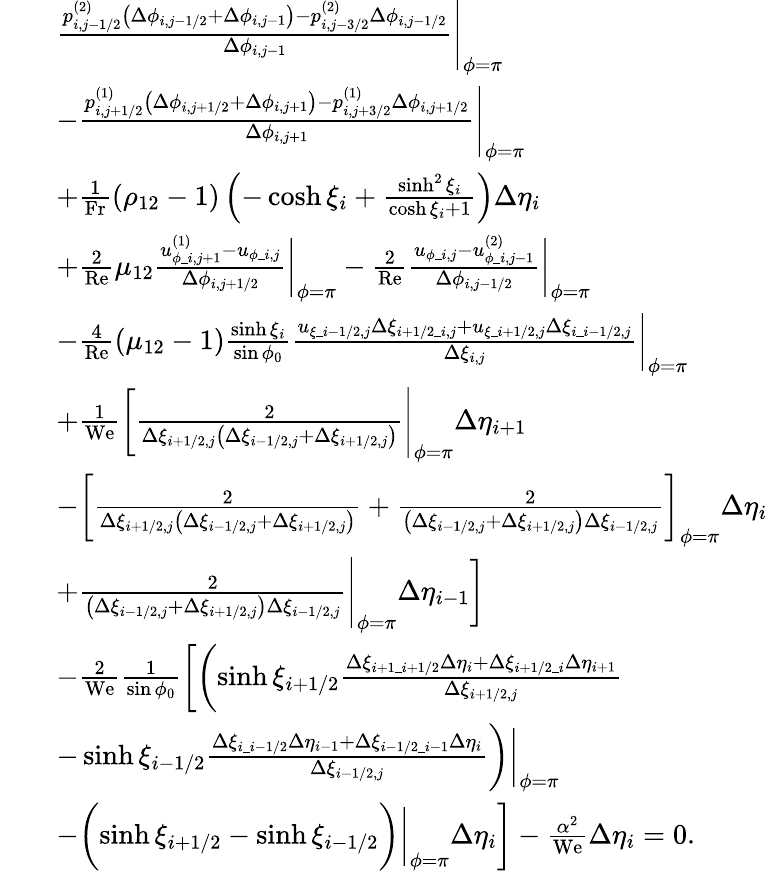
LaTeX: \begin{array}{rl}&{\begin{array}{rl}&{\frac{p_{i,j-1/2}^{(2)}\left(\Delta\phi_{i,j-1/2}+\Delta\phi_{i,j-1}\right)-p_{i,j-3/2}^{(2)}\Delta\phi_{i,j-1/2}}{\Delta\phi_{i,j-1}}\Biggr|_{\phi=\pi}}\\ &{-\frac{p_{i,j+1/2}^{(1)}\left(\Delta\phi_{i,j+1/2}+\Delta\phi_{i,j+1}\right)-p_{i,j+3/2}^{(1)}\Delta\phi_{i,j+1/2}}{\Delta\phi_{i,j+1}}\Biggr|_{\phi=\pi}}\\ &{+\frac{1}{\mathrm{Fr}}\left(\rho_{12}-1\right)\left(-\cosh\xi_{i}+\frac{\sinh^{2}\xi_{i}}{\cosh\xi_{i}+1}\right)\Delta\eta_{i}}\\ &{+\frac{2}{\mathrm{Re}}\mu_{12}\frac{u_{\phi\_ i,j+1}^{(1)}-u_{\phi\_ i,j}}{\Delta\phi_{i,j+1/2}}\biggr|_{\phi=\pi}-\frac{2}{\mathrm{Re}}\frac{u_{\phi\_ i,j}-u_{\phi\_ i,j-1}^{(2)}}{\Delta\phi_{i,j-1/2}}\biggr|_{\phi=\pi}}\\ &{-\frac{4}{\mathrm{Re}}\left(\mu_{12}-1\right)\frac{\sinh\xi_{i}}{\sin\phi_{0}}\frac{u_{\xi\_ i-1/2,j}\Delta\xi_{i+1/2\_ i,j}+u_{\xi\_ i+1/2,j}\Delta\xi_{i\_ i-1/2,j}}{\Delta\xi_{i,j}}\biggr|_{\phi=\pi}}\\ &{+\frac{1}{\mathrm{We}}\bigg[\frac{2}{\Delta\xi_{i+1/2,j}\big(\Delta\xi_{i-1/2,j}+\Delta\xi_{i+1/2,j}\big)}\Biggr|_{\phi=\pi}\Delta\eta_{i+1}}\\ &{-\bigg[\frac{2}{\Delta\xi_{i+1/2,j}\big(\Delta\xi_{i-1/2,j}+\Delta\xi_{i+1/2,j}\big)}+\frac{2}{\big(\Delta\xi_{i-1/2,j}+\Delta\xi_{i+1/2,j}\big)\Delta\xi_{i-1/2,j}}\bigg]_{\phi=\pi}\Delta\eta_{i}}\\ &{+\frac{2}{\big(\Delta\xi_{i-1/2,j}+\Delta\xi_{i+1/2,j}\big)\Delta\xi_{i-1/2,j}}\Biggr|_{\phi=\pi}\Delta\eta_{i-1}\bigg]}\\ &{-\frac{2}{\mathrm{We}}\frac{1}{\sin\phi_{0}}\biggl[\biggl(\sinh\xi_{i+1/2}\frac{\Delta\xi_{i+1\_ i+1/2}\Delta\eta_{i}+\Delta\xi_{i+1/2\_ i}\Delta\eta_{i+1}}{\Delta\xi_{i+1/2,j}}}\\ &{-\sinh\xi_{i-1/2}\frac{\Delta\xi_{i\_ i-1/2}\Delta\eta_{i-1}+\Delta\xi_{i-1/2\_ i-1}\Delta\eta_{i}}{\Delta\xi_{i-1/2,j}}\biggr)\biggr|_{\phi=\pi}}\\ &{-\biggl(\sinh\xi_{i+1/2}-\sinh\xi_{i-1/2}\biggr)\biggr|_{\phi=\pi}\Delta\eta_{i}\biggr]-\frac{\alpha^{2}}{\mathrm{We}}\Delta\eta_{i}=0.}\end{array}}\end{array}